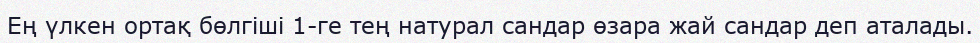
Ең үлкен ортақ бөлгіші 1-ге тең натурал сандар өзара жай сандар деп аталады.